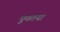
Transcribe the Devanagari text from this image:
पूणतया